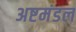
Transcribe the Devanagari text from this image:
अष्टमंडल